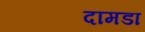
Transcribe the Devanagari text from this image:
दामडा